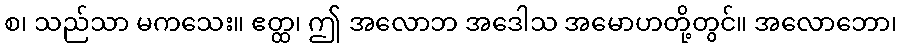
စ၊ သည်သာ မကသေး။ ဧတ္ထ၊ ဤ အလောဘ အဒေါသ အမောဟတို့တွင်။ အလောဘော၊